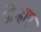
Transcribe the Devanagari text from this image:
जेन्हाए